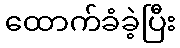
ထောက်ခံခဲ့ပြီး